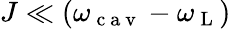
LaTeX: J\ll(\omega_{\mathrm{~c~a~v~}}-\omega_{\mathrm{~L~}})